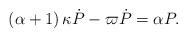
LaTeX: \begin{align*}\left(\alpha+1\right)\kappa\dot{P}-\varpi\dot{P}=\alpha P.\end{align*}